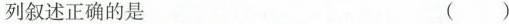
列叙述正确的是 ( )